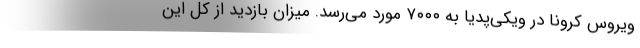
ویروس کرونا در ویکی‌پدیا به ۷۰۰۰ مورد می‌رسد. میزان بازدید از کل این